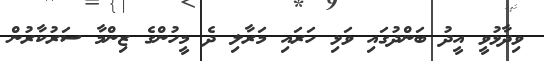
ވިދާޅުވީ އީދު ބަންދުގައި ވަޅި ހަރައި މަރާލި ދެ މީހުންގެ ޒިންމާ ސަރުކާރުން